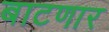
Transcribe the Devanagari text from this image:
बाटणार